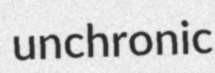
unchronic